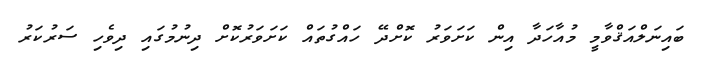
ބައިނަލްއަޤްވާމީ މުއާހަދާ އިން ކަށަވަރު ކޮށްދޭ ހައްގުތައް ކަށަވަރުކޮށް ދިނުމުގައި ދިވެހި ސަރުކަރު